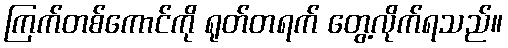
ကြက်တစ်ကောင်ကို ရုတ်တရက် တွေ့လိုက်ရသည်။